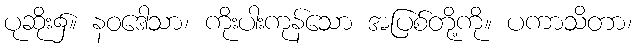
ပုဆိုး၌။ နဝဒေါသာ၊ ကိုးပါးကုန်သော အပြစ်တို့ကို။ ပကာသိတာ၊